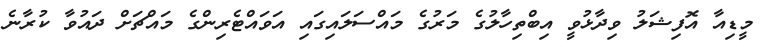
މީޑިއާ އޮފިޝަލު ވިދާޅުވީ އިބްތިހާލުގެ މަރުގެ މައްސަލައިގައި އަވައްޓެރިންގެ މައްޗަށް ދައުވާ ކުރާނެ